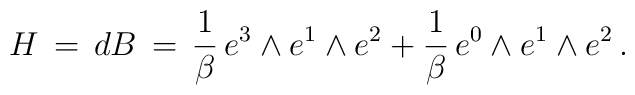
H \,=\, dB \,=\, \frac{1}{\beta} \, e^{3} \wedge e^{1} \wedge e^{2}   +  \frac{1}{\beta} \, e^{0} \wedge e^{1} \wedge e^{2}  \, .